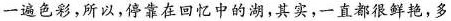
一遍色彩，所以，停靠在回忆中的湖，其实，一直都很鲜艳，多